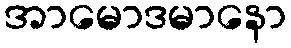
အာမောဒမာနော